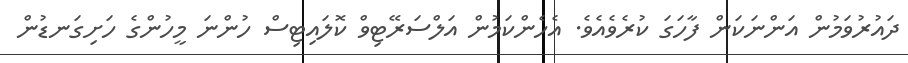
ދައުރުވަމުން އަންނަކަން ފާހަގަ ކުރެވެއެވެ. އެހެންކަމުން އަލްސަރޭޓިވް ކޮލައިޓިސް ހުންނަ މީހުންގެ ހަށިގަނޑުން